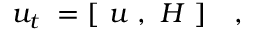
u _ { t } \ = [ \ u \ , \ H \ ] \ \ \ ,